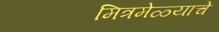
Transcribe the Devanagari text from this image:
मित्रमेळ्याचे